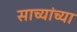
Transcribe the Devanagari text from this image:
साच्यांच्या